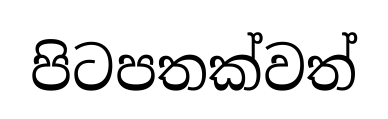
පිටපතක්වත්